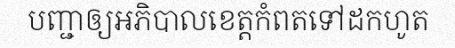
បញ្ជាឲ្យអភិបាលខេត្តកំពតទៅដកហូត